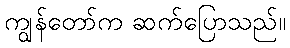
ကျွန်တော်က ဆက်ပြောသည်။